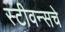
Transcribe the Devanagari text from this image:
स्टीवन्सचे